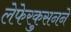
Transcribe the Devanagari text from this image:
लेफेरकुसनने